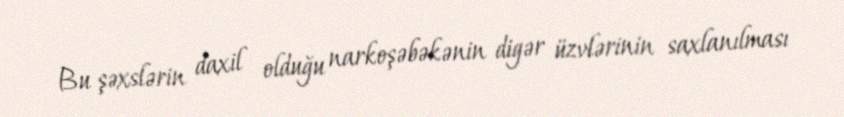
Bu şəxslərin daxil olduğu narkoşəbəkənin digər üzvlərinin saxlanılması